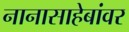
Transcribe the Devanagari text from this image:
नानासाहेबांवर